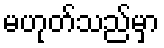
မဟုတ်သည်မှာ